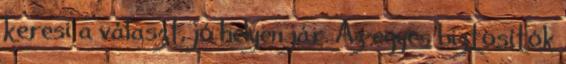
keresi a választ, jó helyen jár. Az egyes biztosítók